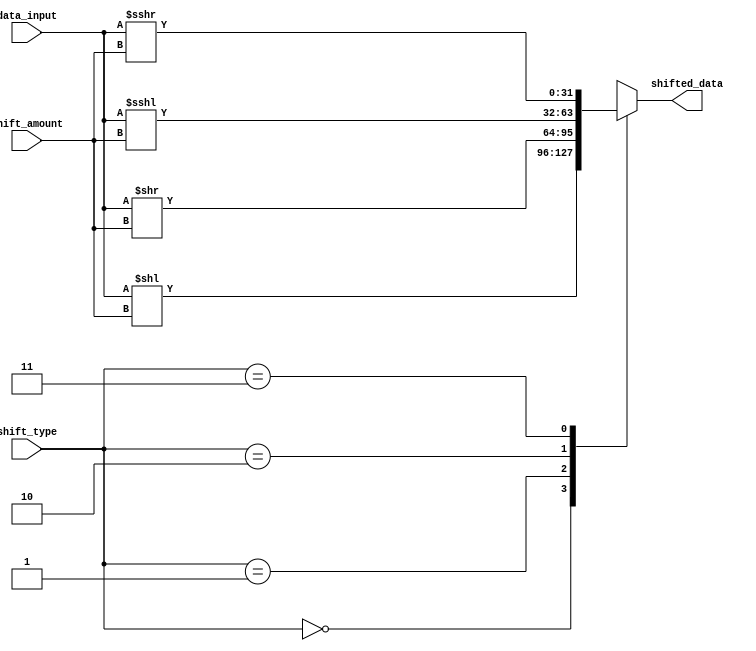
module barrel_shifter(
    input [31:0] data_input,
    input [1:0] shift_type,
    input [4:0] shift_amount,
    output reg [31:0] shifted_data
);

always @(*)
begin
    case(shift_type)
        2'b00: shifted_data = data_input << shift_amount; // logical shift left
        2'b01: shifted_data = data_input >> shift_amount; // logical shift right
        2'b10: shifted_data = $signed(data_input) <<< shift_amount; // arithmetic shift left
        2'b11: shifted_data = $signed(data_input) >>> shift_amount; // arithmetic shift right
    endcase
end

endmodule